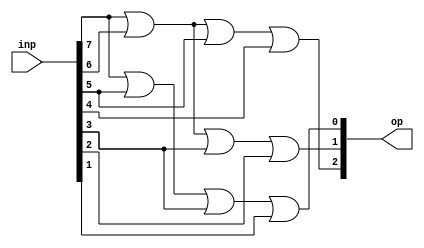
module encoder_8_3(inp, op);

    input [7:0] inp;
    output [2:0] op;
    wire [2:0] op;

    assign op[2] = inp[7] | inp[6] | inp[5] | inp[4]; 
    assign op[1] = inp[7] | inp[6] | inp[3] | inp[2];
    assign op[0] = inp[7] | inp[5] | inp[3] | inp[1];

endmodule